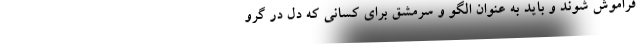
فراموش شوند و باید به عنوان الگو و سرمشق برای کسانی که دل در گرو